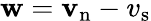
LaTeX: {\mathbf w}={\mathbf v_{\mathrm{n}}-v_{\mathrm{s}}}